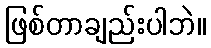
ဖြစ်တာချည်းပါဘဲ။